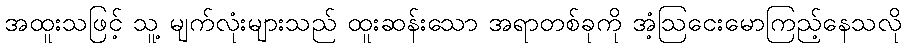
အထူးသဖြင့် သူ့ မျက်လုံးများသည် ထူးဆန်းသော အရာတစ်ခုကို အံ့ဩငေးမောကြည့်နေသလို